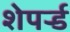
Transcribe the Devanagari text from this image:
शेपर्र्ड